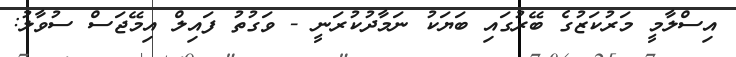
އިސްލާމީ މަރުކަޒުގެ ބޭރުގައި ބަޔަކު ނަމާދުކުރަނީ - ވަގުތު ފައިލް އިމޭޖަސް ސުވާލު: